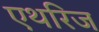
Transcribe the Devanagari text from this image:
एथरिज